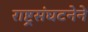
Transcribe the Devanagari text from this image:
राष्ट्रसंघटनेने